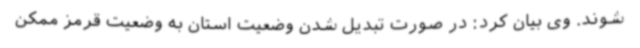
‌شوند. وی بیان کرد: در صورت تبدیل شدن وضعیت استان به وضعیت قرمز ممکن